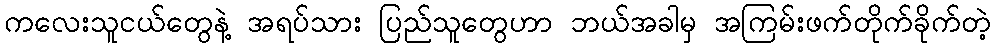
ကလေးသူငယ်တွေနဲ့ အရပ်သား ပြည်သူတွေဟာ ဘယ်အခါမှ အကြမ်းဖက်တိုက်ခိုက်တဲ့